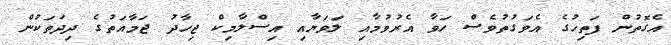
އެގޮތުން ފަތިހުގެ އެވަގުތުވެސް ހަވާ އެރުވުމާއި ލަވަޔާއި އިސްލާމިކް ޖިހާދު ޖަމާއަތުގެ ދިދަތަކުން